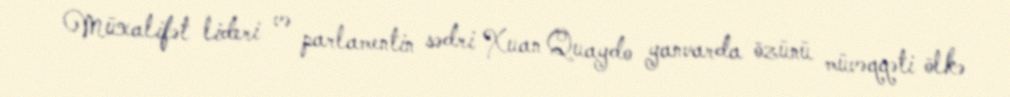
Müxalifət lideri və parlamentin sədri Xuan Quaydo yanvarda özünü müvəqqəti ölkə